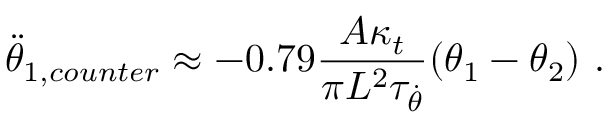
\ddot { \theta } _ { 1 , c o u n t e r } \approx - 0 . 7 9 \frac { A \kappa _ { t } } { \pi L ^ { 2 } \tau _ { \dot { \theta } } } ( \theta _ { 1 } - \theta _ { 2 } ) \ .